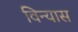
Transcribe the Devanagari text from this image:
विन्‍यास